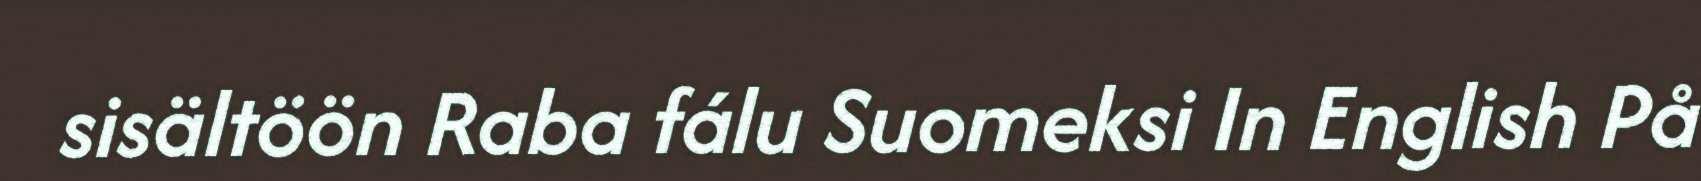
sisältöön Raba fálu Suomeksi In English På